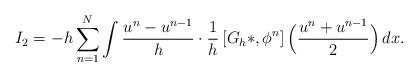
LaTeX: \begin{align*} I_2 = -h\sum_{n=1}^N \int\frac{u^n-u^{n-1}}{h} \cdot \frac1h \left[ G_h \ast, \phi^n \right]\Big(\frac{u^n+u^{n-1}}{2}\Big) \,dx. \end{align*}